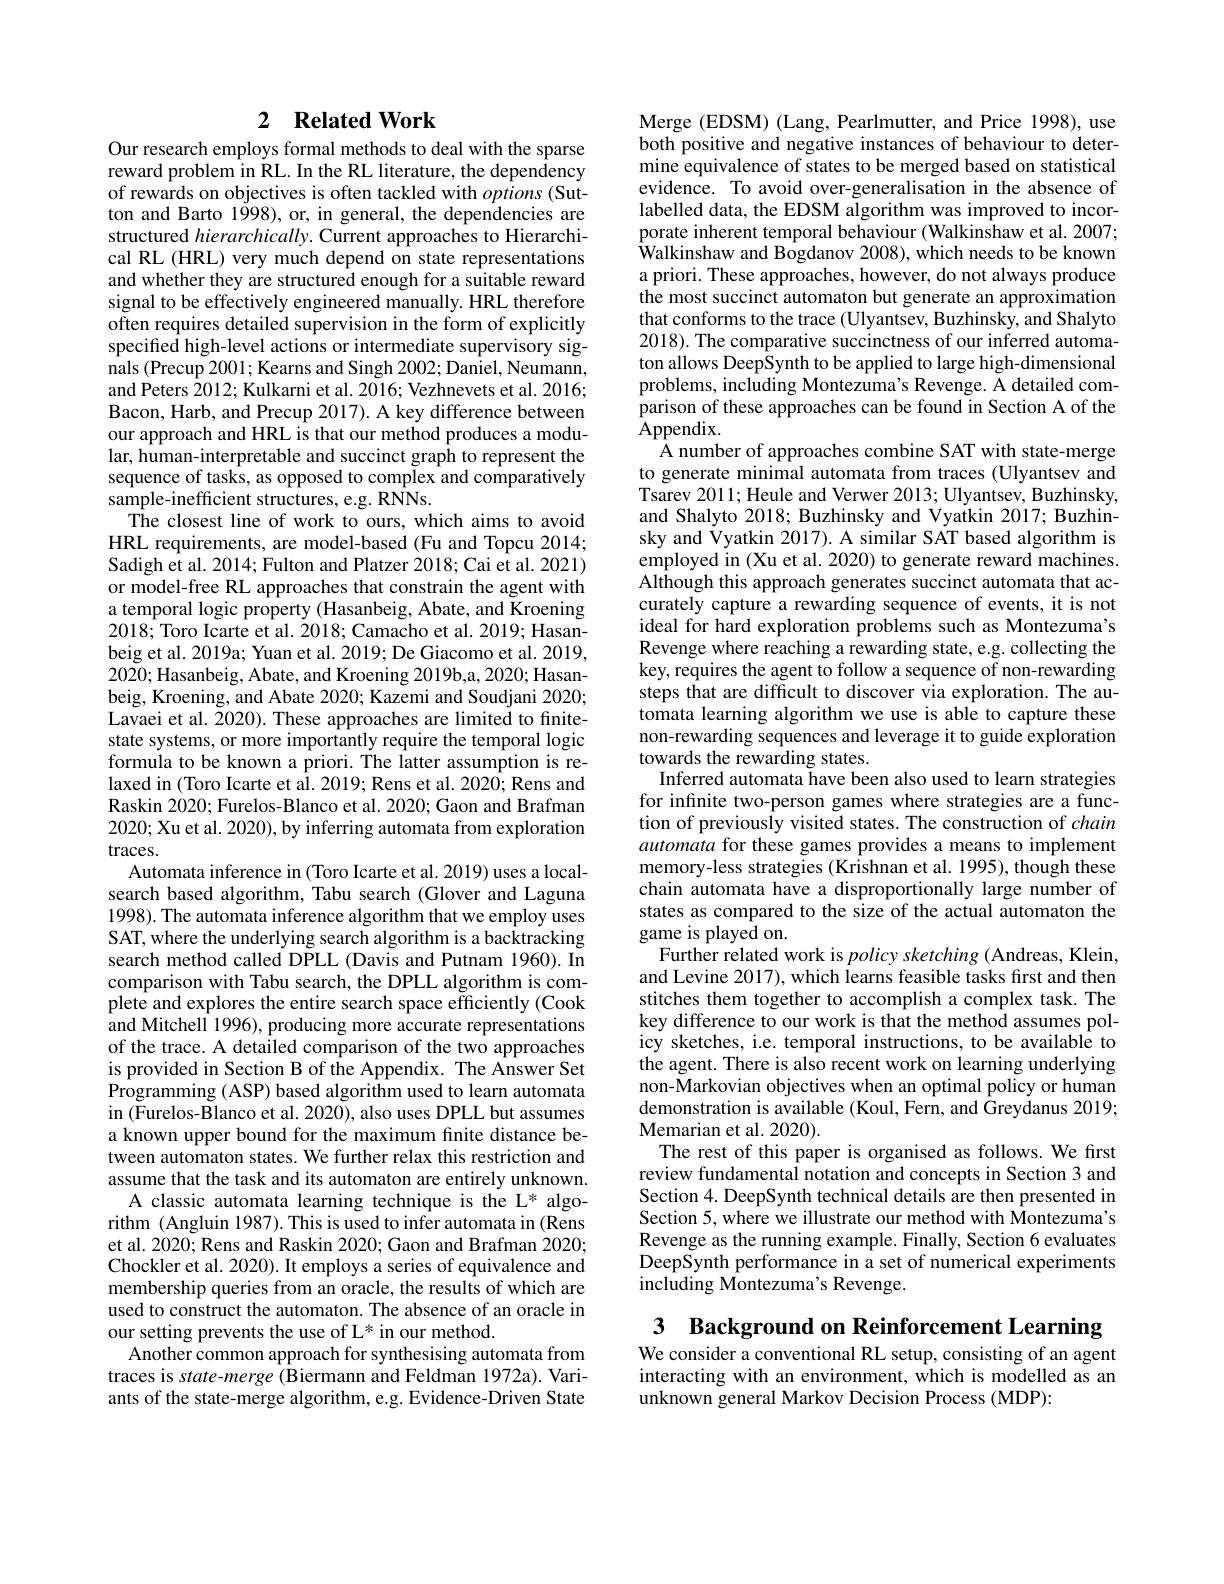
## 2 $\textbf{Related Work}$

Our research employs formal methods to deal with the sparse reward problem in RL. In the RL literature, the dependency of rewards on objectives is often tackled with options (Sutton and Barto 1998), or, in general, the dependencies are structured hierarchically. Current approaches to Hierarchical RL (HRL) very much depend on state representations and whether they are structured enough for a suitable reward signal to be effectively engineered manually. HRL therefore often requires detailed supervision in the form of explicitly specified high-level actions or intermediate supervisory signals (Precup 2001; Kearns and Singh 2002; Daniel, Neumann, and Peters 2012; Kulkarni et al. 2016; Vezhnevets et al. 2016; Bacon, Harb, and Precup 2017). A key difference between our approach and HRL is that our method produces a modular, human-interpretable and succinct graph to represent the sequence of tasks, as opposed to complex and comparatively sample-inefficient structures, e.g. RNNs.
The closest line of work to ours, which aims to avoid HRL requirements, are model-based (Fu and Topcu 2014; Sadigh et al. 2014; Fulton and Platzer 2018; Cai et al. 2021) or model-free RL approaches that constrain the agent with a temporal logic property (Hasanbeig, Abate, and Kroening 2018; Toro Icarte et al. 2018; Camacho et al. 2019; Hasanbeig et al. 2019a; Yuan et al. 2019; De Giacomo et al. 2019, 2020; Hasanbeig, Abate, and Kroening 2019b,a, 2020; Hasanbeig, Kroening, and Abate 2020; Kazemi and Soudjani 2020; Lavaei et al. $\tilde{2}020).$ These approaches are limited to finitestate systems, or more importantly require the temporal logic formula to be known a priori. The latter assumption is relaxed in (Toro Icarte et al. 2019; Rens et al. 2020; Rens and Raskin 2020; Furelos-Blanco et al. 2020; Gaon and Brafman 2020; Xu et al. 2020), by inferring automata from exploration traces.
Automata inference in (Toro Icarte et al. 2019) uses a localsearch based algorithm, Tabu search (Glover and Laguna 1998). The automata inference algorithm that we employ uses SAT, where the underlying search algorithm is a backtracking search method called DPLL (Davis and Putnam 1960). In comparison with Tabu search, the DPLL algorithm is complete and explores the entire search space efficiently (Cook and Mitchell 1996), producing more accurate representations of the trace. A detailed comparison of the two approaches is provided in Section B of the Appendix. The Answer Set Programming (ASP) based algorithm used to learn automata in (Furelos-Blanco et al. 2020), also uses DPLL but assumes a known upper bound for the maximum finite distance between automaton states. We further relax this restriction and assume that the task and its automaton are entirely unknown.
A classic automata learning technique is the L* algorithm (Angluin 1987). This is used to infer automata in (Rens et al. 2020; Rens and Raskin 2020; Gaon and Brafman 2020; Chockler et al. 2020). It employs a series of equivalence and membership queries from an oracle, the results of which are used to construct the automaton. The absence of an oracle in our setting prevents the use of L* in our method.
Another common approach for synthesising automata from traces is state-merge (Biermann and Feldman 1972a). Variants of the state-merge algorithm, e.g. Evidence-Driven State

Merge (EDSM) (Lang, Pearlmutter, and Price 1998), use both positive and negative instances of behaviour to determine equivalence of states to be merged based on statistical evidence. To avoid over-generalisation in the absence of labelled data, the EDSM algorithm was improved to incorporate inherent temporal behaviour (Walkinshaw et al. 2007; $\dot{\text{Walkinshaw and Bogdanov 2008), which needs to be known}}$ a priori. These approaches, however, do not always produce the most succinct automaton but generate an approximation that conforms to the trace (Ulyantsev, Buzhinsky, and Shalyto 2018). The comparative succinctness of our inferred automaton allows DeepSynth to be applied to large high-dimensional problems, including Montezuma's Revenge. A detailed comparison of these approaches can be found in Section A of the ${\bar{A}}$ppendix.
A number of approaches combine SAT with state-merge to generate minimal automata from traces (Ulyantsev and Tsarev 2011; Heule and Verwer 2013; Ulyantsev, Buzhinsky, and Shalyto 2018; Buzhinsky and Vyatkin 2017; Buzhinsky and Vyatkin 2017). A similar SAT based algorithm is employed in (Xu et al. 2020) to generate reward machines. Although this approach generates succinct automata that accurately capture a rewarding sequence of events, it is not ideal for hard exploration problems such as Montezuma's Revenge where reaching a rewarding state, e.g. collecting the key, requires the agent to follow a sequence of non-rewarding steps that are difficult to discover via exploration. The automata learning algorithm we use is able to capture these non-rewarding sequences and leverage it to guide exploration towards the rewarding states.
Inferred automata have been also used to learn strategies for infinite two-person games where strategies are a function of previously visited states. The construction of chain automata for these games provides a means to implement memory-less strategies (Krishnan et al. 1995), though these chain automata have a disproportionally large number of states as compared to the size of the actual automaton the game is played on.
Further related work is policy sketching (Andreas, Klein, and Levine 2017), which learns feasible tasks first and then stitches them together to accomplish a complex task. The key difference to our work is that the method assumes policy sketches, i.e. temporal instructions, to be available to the agent. There is also recent work on learning underlying non- Markovian objectives when an optimal policy or human demonstration is available (Koul, Fern, and Greydanus 2019; Memarian et al. 2020)
The rest of this paper is organised as follows. We first review fundamental notation and concepts in Section 3 and Section 4. DeepSynth technical details are then presented in Section 5, where we illustrate our method with Montezuma's Revenge as the running example. Finally, Section 6 evaluates $\tilde{\text{DeepSynth performance in a set of numerical experiments}}$ including Montezuma's Revenge.

3 Background on Reinforcement Learning

We consider a conventional RL setup, consisting of an agent interacting with an environment, which is modelled as an unknown general Markov Decision Process (MDP):